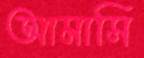
আমাসি